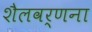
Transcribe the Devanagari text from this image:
शैलवर्णना